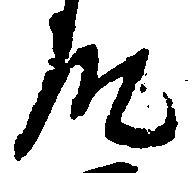
殿